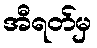
အီရတ်မှ